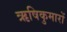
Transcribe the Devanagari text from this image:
ऋषिकुमारों